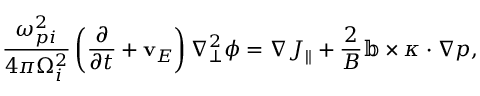
\frac { \omega _ { p i } ^ { 2 } } { 4 \pi \Omega _ { i } ^ { 2 } } \left( \frac { \partial } { \partial t } + \mathbf { v } _ { E } \right) \nabla _ { \perp } ^ { 2 } \phi = \nabla J _ { \| } + \frac { 2 } { B } \mathbb { b } \times \kappa \cdot \nabla p ,